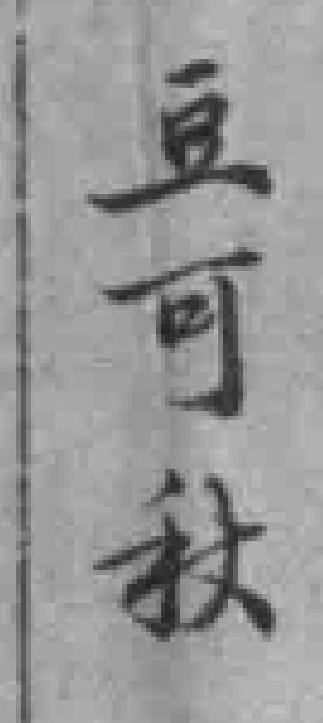
豆可秋